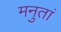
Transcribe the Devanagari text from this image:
मनुतां